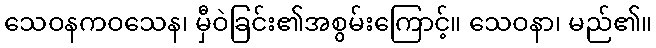
သေဝနကဝသေန၊ မှီဝဲခြင်း၏အစွမ်းကြောင့်။ သေဝနာ၊ မည်၏။